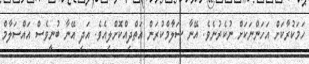
ހަމަކުރާކަށް އަހަންނަކަށް ނުކެރުނެވެ. އޭނާ ސަލާމްކުރަން އަތްދިއްކޮށްލިއެވެ. އަދި އޭނާ ބުނީވެސް އައްސަލާމް